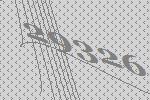
29326